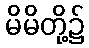
မိမိတို့၌